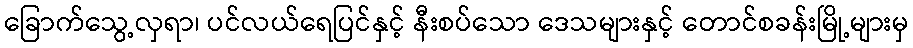
ခြောက်သွေ့လှရာ၊ ပင်လယ်ရေပြင်နှင့် နီးစပ်သော ဒေသများနှင့် တောင်စခန်းမြို့များမှ